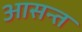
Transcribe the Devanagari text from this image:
आसन्त